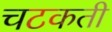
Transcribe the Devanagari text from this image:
चटकती